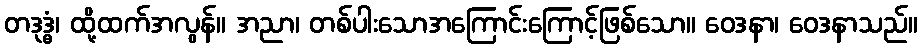
တဒုဒ္ဓံ၊ ထို့ထက်အလွန်။ အညာ၊ တစ်ပါးသောအကြောင်းကြောင့်ဖြစ်သော။ ဝေဒနာ၊ ဝေဒနာသည်။